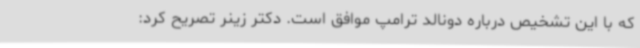
که با این تشخیص درباره دونالد ترامپ موافق است. دکتر زینر تصریح کرد: